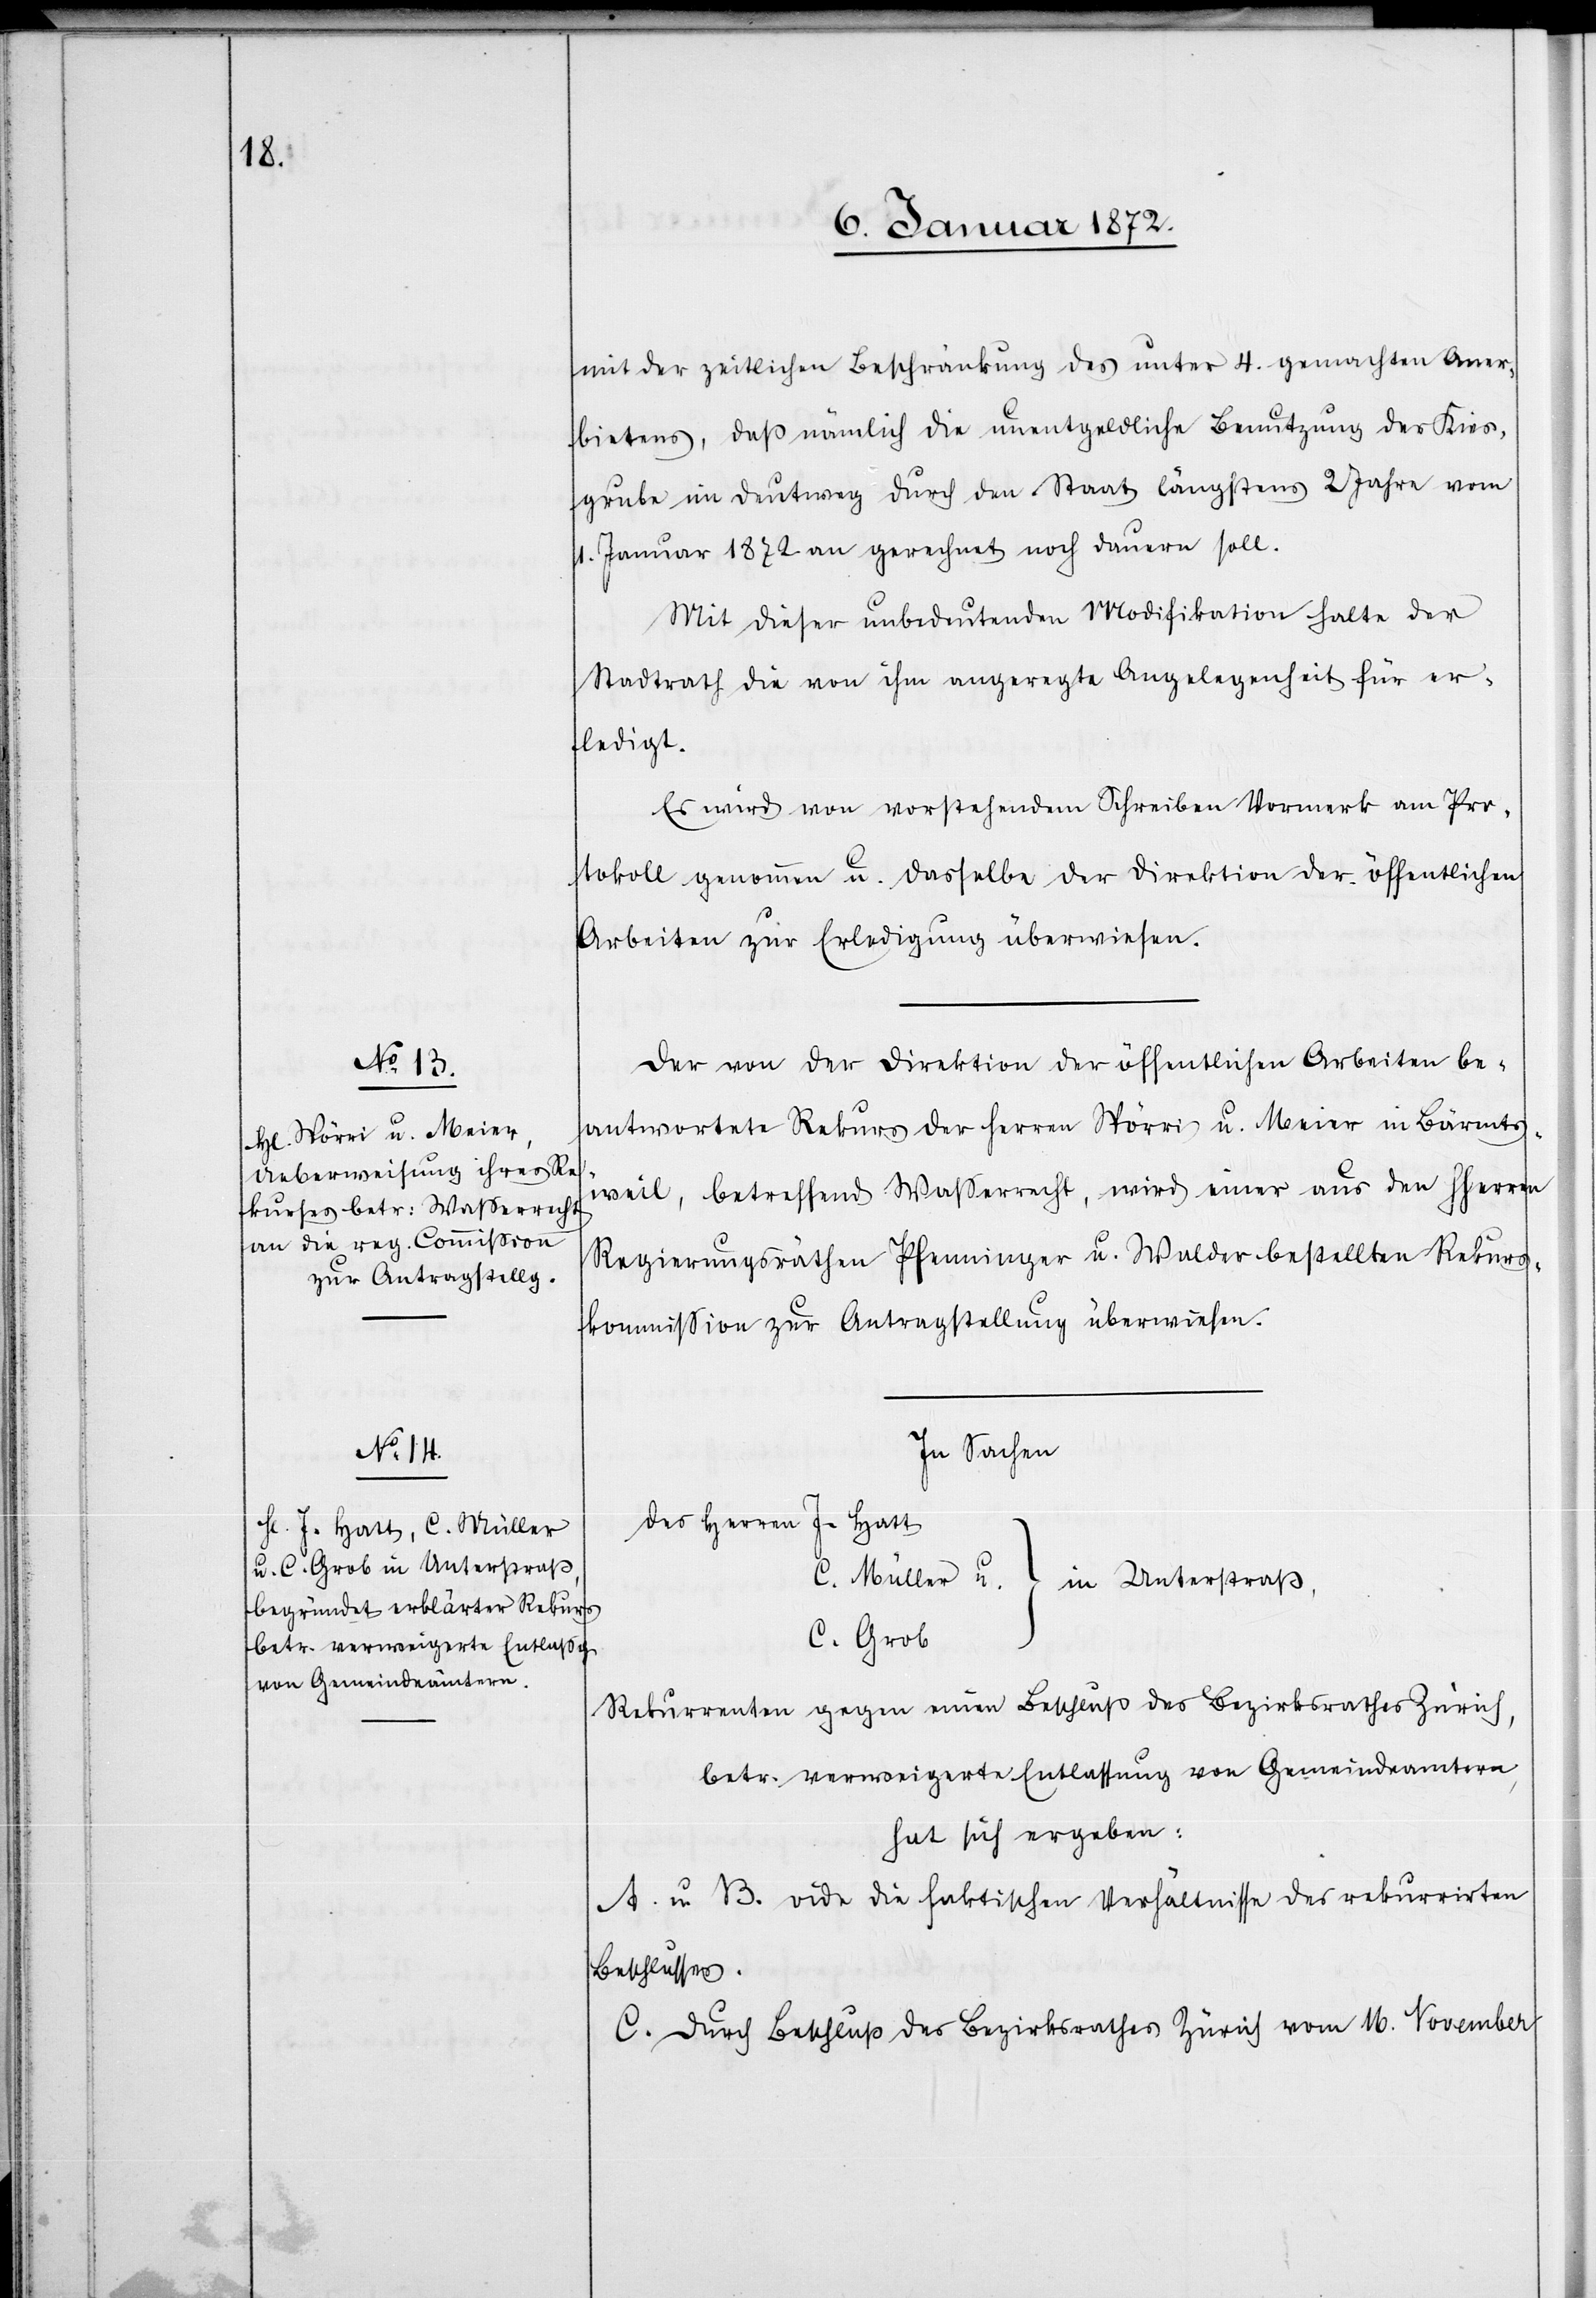
mit der zeitlichen Beschränkung des unter 4. gemachten Aner¬
bietens, daß nämlich die unentgeldliche Benutzung der Kies¬
grube im Deutweg durch den Staat längstens 2 Jahre vom
1. Januar 1872 an gerechnet noch dauern soll.
Mit dieser unbedeutenden Modifikation halte der
Stadtrath die von ihm angeregte Angelegenheit für er¬
ledigt.
Es wird von vorstehendem Schreiben Vormerk am Pro¬
tokoll genommen u. dasselbe der Direktion der öffentlichen
Arbeiten zur Erledigung überwiesen.
Der von der Direktion der öffentlichen Arbeiten be¬
antwortete Rekurs der Herren Spörri u. Meier in Bärents¬
weil, betreffend Wasserrecht, wird einer aus den HHerren
Regierungsräthen Pfenninger u. Walder bestellten Rekurs¬
kommission zur Antragstellung überwiesen.
In Sachen
C. Grob
Rekurrenten gegen einen Beschluss des Bezirksrathes Zürich,
betr. verweigerte Entlassung von Gemeindeamtern,
hat sich ergeben:
A. u. B. vide die faktischen Verhältnisse des rekurrirten
Beschlusses.
C. Durch Beschluß des Bezirksrathes Zürich vom 16. November